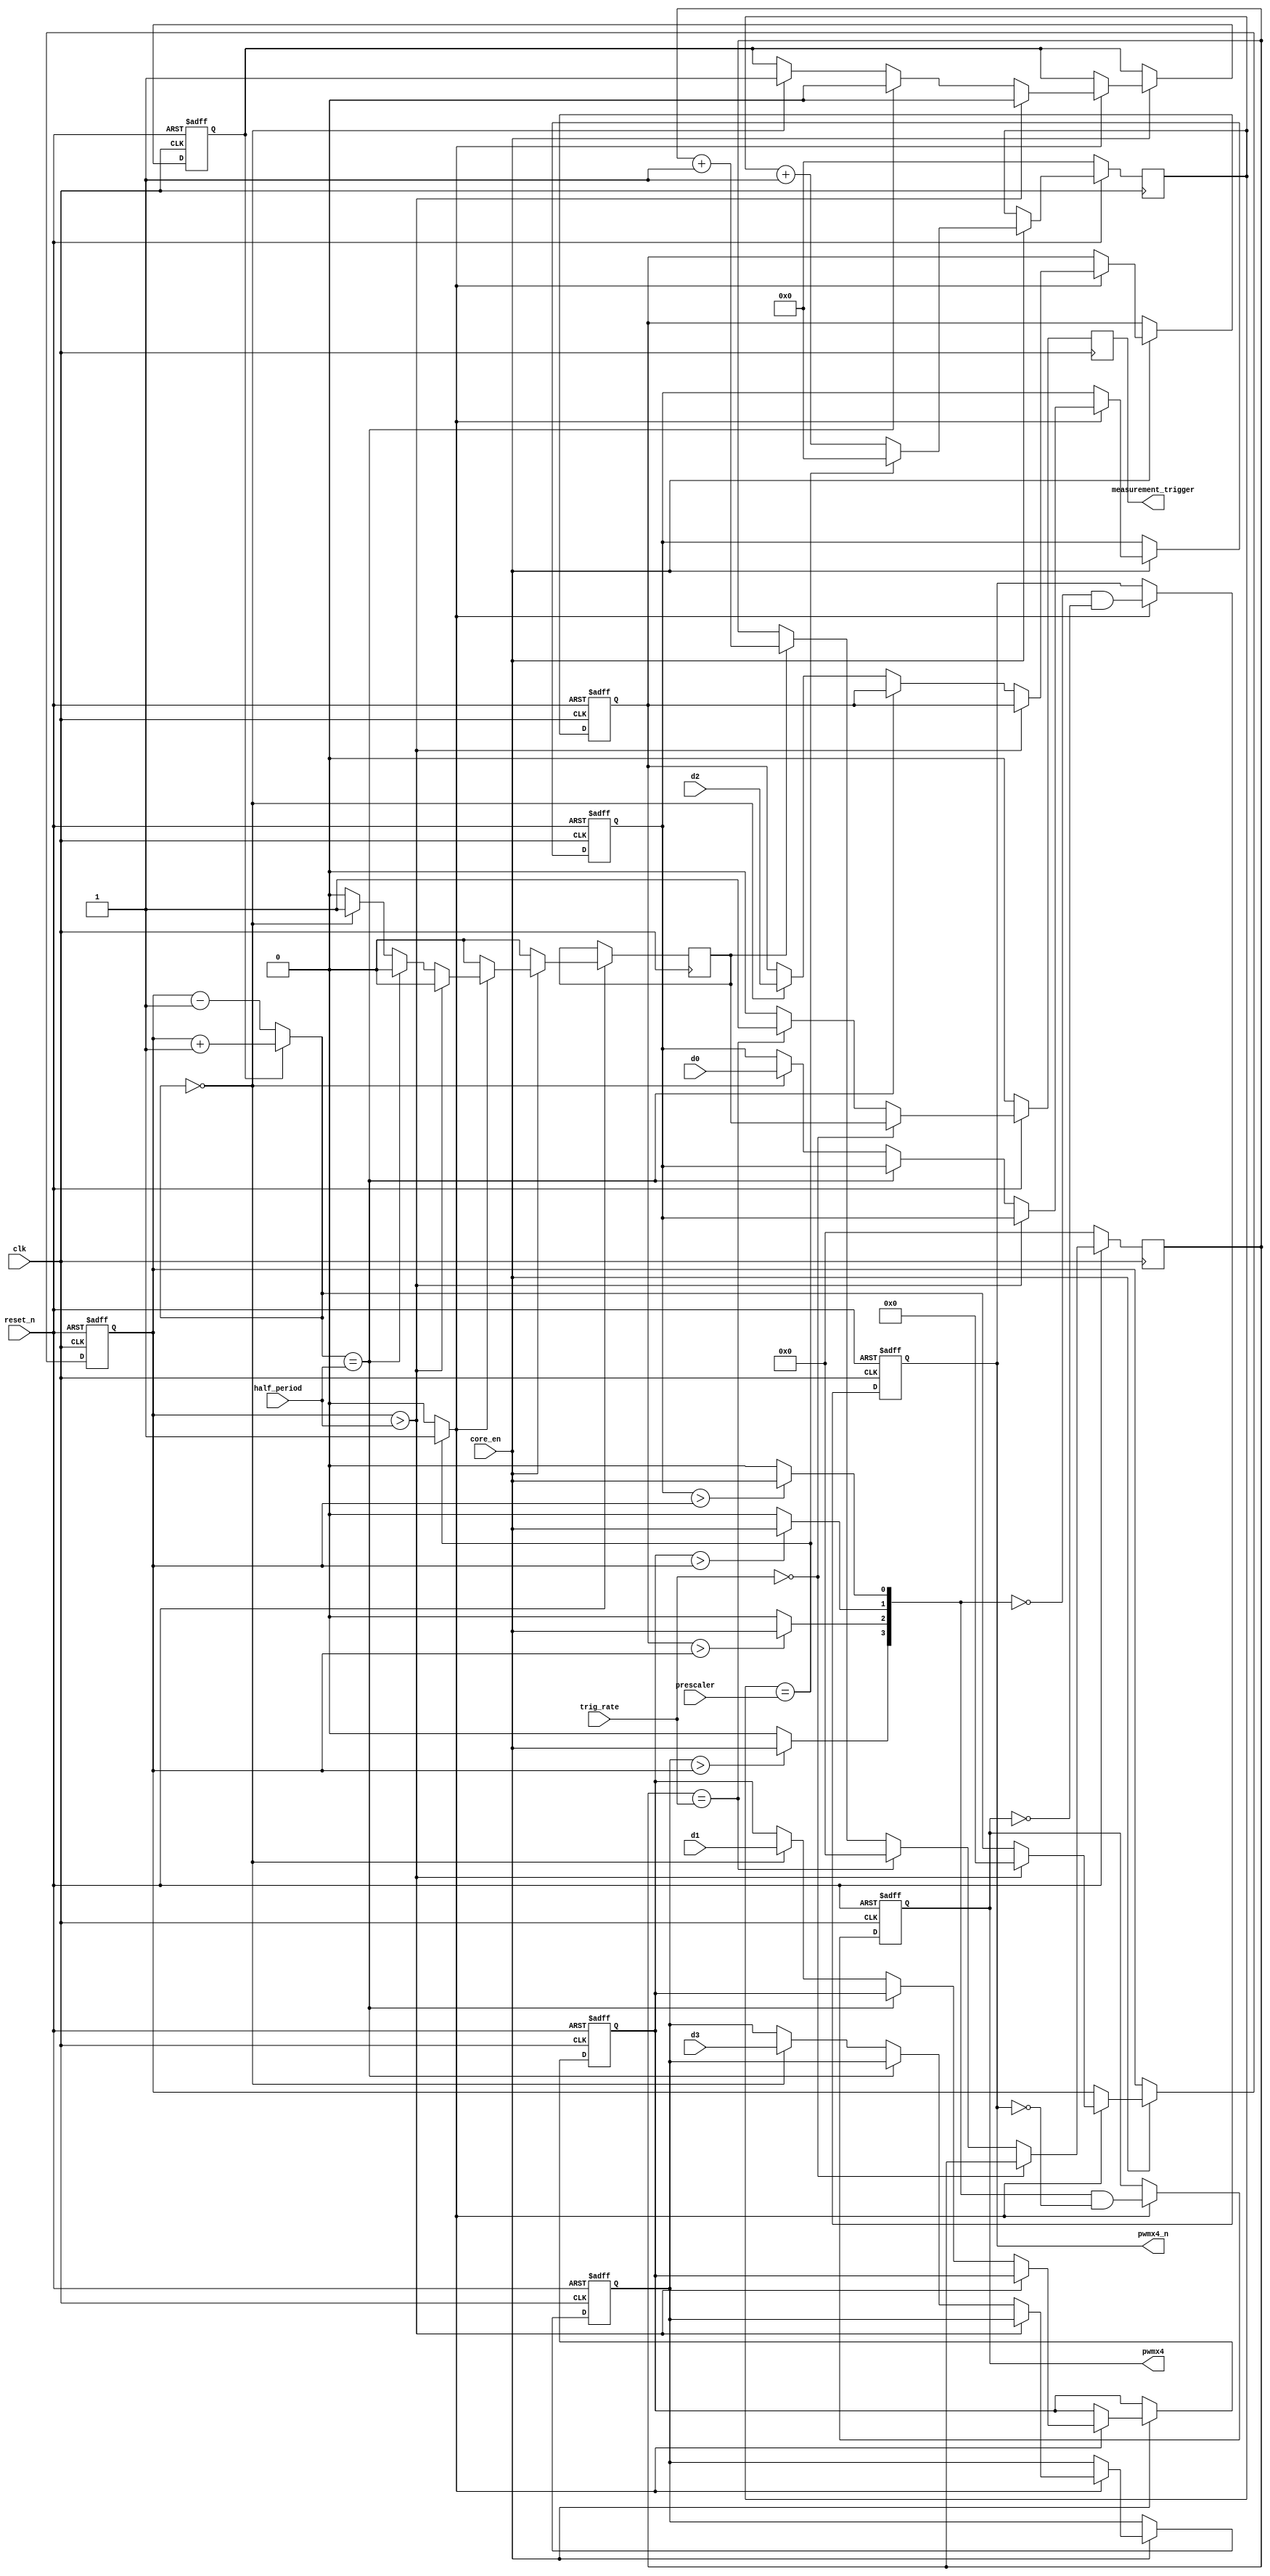
module servo_pwmx4
 (
    clk,
    reset_n,
    core_en,
    prescaler,
    half_period,

    trig_rate,
    d0,
    d1,
    d2,
    d3,

    measurement_trigger,
    pwmx4,
    pwmx4_n
);

parameter DWIDTH = 15;

input clk;
input reset_n;
input core_en;
input [DWIDTH-1:0] prescaler;
input [DWIDTH-1:0] half_period;
input [5:0] trig_rate;
input [DWIDTH-1:0] d0;
input [DWIDTH-1:0] d1;
input [DWIDTH-1:0] d2;
input [DWIDTH-1:0] d3;


output reg measurement_trigger;
output reg [3:0] pwmx4;
output reg [3:0] pwmx4_n;

reg [DWIDTH-1:0] reg_duty0;
reg [DWIDTH-1:0] reg_duty1;
reg [DWIDTH-1:0] reg_duty2;
reg [DWIDTH-1:0] reg_duty3;

reg pwm_stage;
reg ovverun;

reg [DWIDTH-1:0] pwm_cnt;
wire [DWIDTH-1:0] pwm_cnt_next;
reg [7:0] clk_cnt;
reg [5:0] trig_level_cnt;



assign clk_pwm = (clk_cnt == prescaler)? 1'b1: 1'b0;




always @(posedge clk) begin
    if (~reset_n) begin
        clk_cnt <= 0;
        measurement_trigger <= 1'b0;
        trig_level_cnt <= 0;
    end else begin

        if (trig_rate == 0) begin
            measurement_trigger <= ovverun;
        end else begin
            if (trig_level_cnt == trig_rate) begin
                trig_level_cnt <= 0;
                measurement_trigger <= 1'b1;
            end else begin
                measurement_trigger <= 1'b0;
                if (ovverun) begin
                    trig_level_cnt <= trig_level_cnt + 1'b1;
                end
            end
            
        end




        if(core_en) begin
            if (clk_cnt == prescaler) begin
                clk_cnt <= 0;
            end else begin
                clk_cnt <= clk_cnt + 1'b1;
            end
        end
    end
end

assign pwm_cnt_next = pwm_stage? pwm_cnt + 1'b1: pwm_cnt - 1'b1;


wire pulse0, pulse1, pulse2, pulse3;

assign pulse0 = (reg_duty0  > pwm_cnt)? core_en: 1'b0;
assign pulse1 = (reg_duty1  > pwm_cnt)? core_en: 1'b0;
assign pulse2 = (reg_duty2  > pwm_cnt)? core_en: 1'b0;
assign pulse3 = (reg_duty3  > pwm_cnt)? core_en: 1'b0;


always @(posedge clk or negedge reset_n) begin
    if (~reset_n) begin
        pwmx4 <= 0;
        pwmx4_n <= 0;
    end else begin
        if (clk_pwm) begin
            pwmx4 <= {pulse3, pulse2, pulse1, pulse0} & ~pwmx4_n;
            pwmx4_n <= ~{pulse3, pulse2, pulse1, pulse0} & ~pwmx4;
            
        end
    end
end

always @(posedge clk or negedge reset_n) begin
    if (~reset_n) begin
        pwm_cnt <= 0;
        pwm_stage <= 1'b1;
        reg_duty0 <= 0;
        reg_duty1 <= 0;
        reg_duty2 <= 0;
        reg_duty3 <= 0;
    end else begin
        ovverun <= 1'b0;

        if(core_en) begin
            
            if (clk_pwm) begin
                if (pwm_cnt > half_period) begin
                    pwm_cnt <= 0;
                end else begin
                    pwm_cnt <= pwm_cnt_next;
                end

                if (pwm_cnt > half_period) begin
                    pwm_stage <= 1'b0;
                end else if (pwm_cnt_next == half_period) begin    
                    pwm_stage <= 1'b0;
                end else if (pwm_cnt_next == 0) begin
                    pwm_stage <= 1'b1;
                    reg_duty0 <= d0;
                    reg_duty1 <= d1;
                    reg_duty2 <= d2;
                    reg_duty3 <= d3;
                    ovverun <= 1'b1;
                end
                
            end
        end
    end
end
endmodule